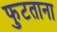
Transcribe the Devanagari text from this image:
फुटताना